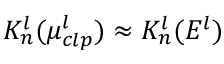
K _ { n } ^ { l } ( \mu _ { c l p } ^ { l } ) \approx K _ { n } ^ { l } ( E ^ { l } )